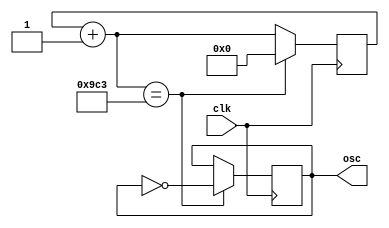
module oscilador(input clk, output reg osc);

reg [11:0] contador;

always @(posedge clk)
begin 
     contador = contador+1;
	  if (contador == 12'd2499)
	  begin
	       contador=12'd0;
			 osc = ~osc;
	  end 
end 

endmodule